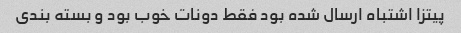
پیتزا اشتباه ارسال شده بود فقط دونات خوب بود و بسته بندی